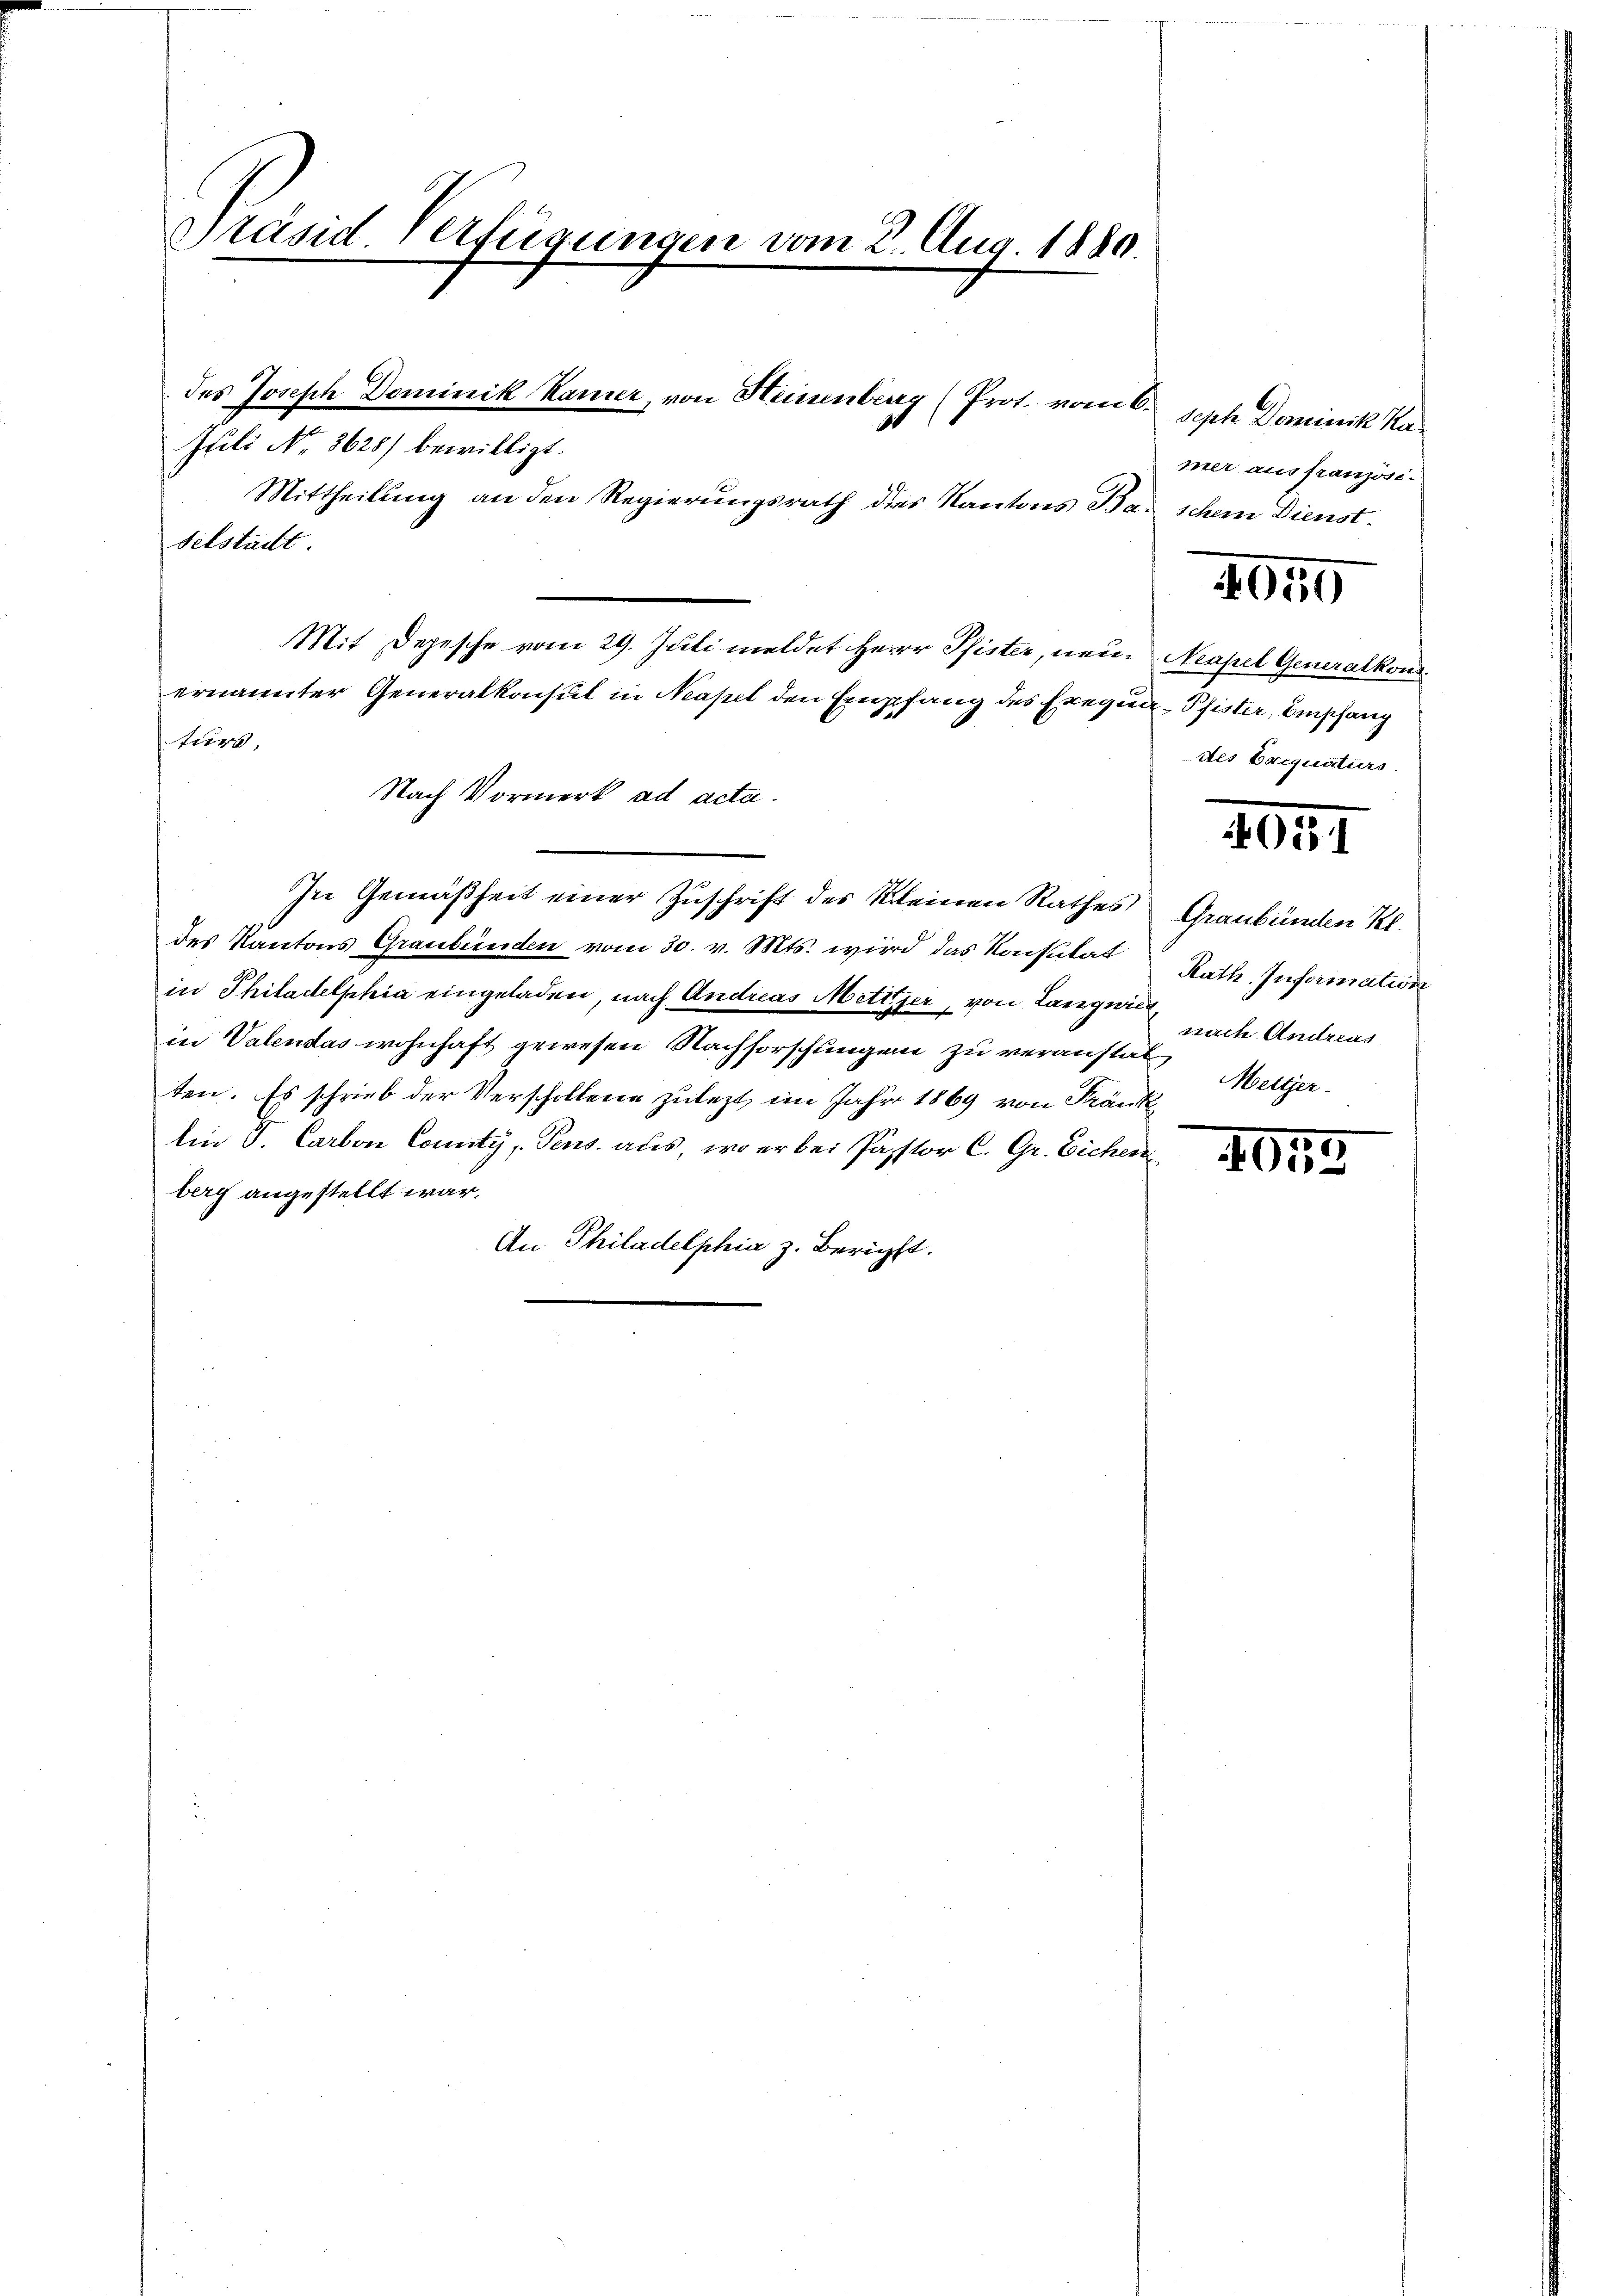
Präsid Verfügungen vom 2. Aug. 1880.

Mittheilung an den Regierungsrath des Kantons Bau schein Dienst-
Felstadt
Mit Depesche vom 29. Juli meldet Herr Pfister, neu. Neapel Generalkons
ernannter Generalkonsul in Neapel den Empfang des Exequa- Pfister, Empfang
turs,
Nach Vormerk ad acta.
In Gemäßheit einer Zuschrift des Kleinen Rathes,
des Kantons Graubünden vom 30. v. Mts. wird das Konsulat
in Philadelphia eingeladen, nach Andreas Mettter, von Langui
in Valendas wohnhaft gewesen Nachforschungen zu veranstals Materten. Es schrieb der Verschollene zulezt im Jahr 1869 von Kränk
lin J. Carbon County, Pens aus, wo er bei Pastor C. Gr. Eichen
berg angestellt war,
An Philadelphia z. Bericht.

des Joseph Dominik Kamer, von Heinenberg (Prot. vom 6.
Juli No 3628) bewilligt.

Seph Dominik Kamer aus französi¬

4059

des Exequaturs

2051

Graubünden Kl
Rath. Information
nach Andreas

1053